Annual administration report of the Civil Veterinary Department of India - 1896-1897
Year: 1896
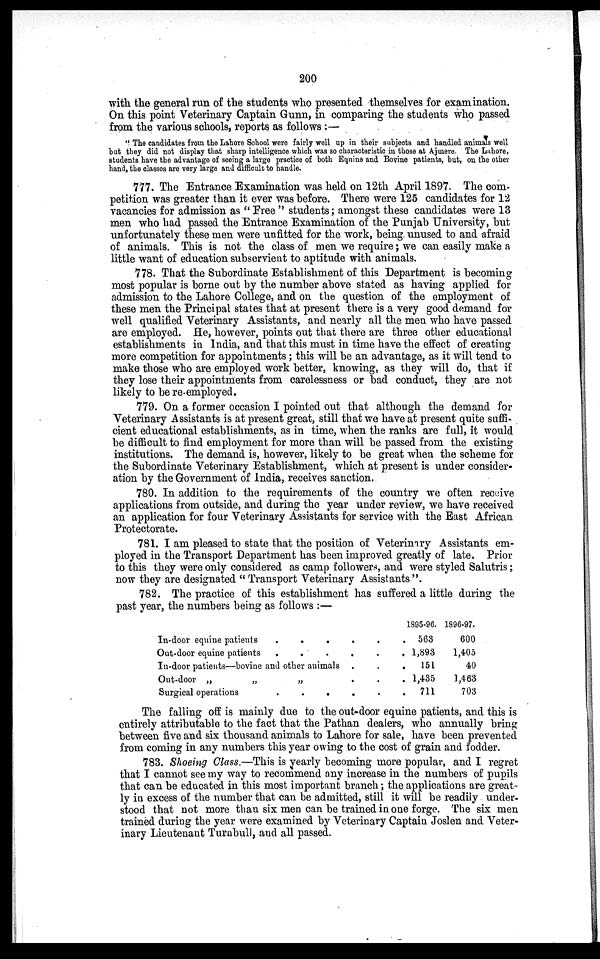
200
with the general run of the students who presented themselves for examination.
On this point Veterinary Captain Gunn, in comparing the students who passed
from the various schools, reports as follows:—
"The candidates from the Lahore School were fairly well up in their subjects and handled animals well
but they did not display that sharp intelligence which was so characteristic in those at Ajmere. The Lahore,
students have the advantage of seeing a large practice of both Equine and Bovine patients, but, on the other
hand, the classes are very large and difficult to handle.
777. The Entrance Examination was held on 12th April 1897. The com-
petition was greater than it ever was before. There were 125 candidates for 12
vacancies for admission as " Free " students ; amongst these candidates were 13
men who had passed the Entrance Examination of the Punjab University, but
unfortunately these men were unfitted for the work, being unused to and afraid
of animals. This is not the class of men we require; we can easily make a
little want of education subservient to aptitude with animals.
778. That the Subordinate Establishment of this Department is becoming
most popular is borne out by the number above stated as having applied for
admission to the Lahore College, and on the question of the employment of
these men the Principal states that at present there is a very good demand for
well qualified Veterinary Assistants, and nearly all the men who have passed
are employed. He, however, points out that there are three other educational
establishments in India, and that this must in time have the effect of creating
more competition for appointments; this will be an advantage, as it will tend to
make those who are employed work better, knowing, as they will do, that if
they lose their appointments from carelessness or bad conduct, they are not
likely to be re-employed.
779. On a former occasion I pointed out that although the demand for
Veterinary Assistants is at present great, still that we have at present quite suffi-
cient educational establishments, as in time, when the ranks are full, it would
be difficult to find employment for more than will be passed from the existing
institutions. The demand is, however, likely to be great when the scheme for
the Subordinate Veterinary Establishment, which at present is under consider-
ation by the Government of India, receives sanction.
780. In addition to the requirements of the country we often receive
applications from outside, and during the year under review, we have received
an application for four Veterinary Assistants for service with the East African
Protectorate.
781. I am pleased to state that the position of Veterinary Assistants em-
ployed in the Transport Department has been improved greatly of late. Prior
to this they were only considered as camp followers, and were styled Salutris;
now they are designated "Transport Veterinary Assistants".
782. The practice of this establishment has suffered a little during the
past year, the numbers being as follows:—
In-door equine patients
.
.
.
.
.
.
Out-door equine patients
.
.
.
.
.
.
In-door patients—bovine and other animals . . .
Out-door „
„
„
.
.
.
Surgical operations
.
.
.
.
.
.
1895-96.
563
1,893
151
1,435
711
1896-97.
600
1,405
40
1,463
703
The falling off is mainly due to the out-door equine patients, and this is
entirely attributable to the fact that the Pathan dealers, who annually bring
between five and six thousand animals to Lahore for sale, have been prevented
from coming in any numbers this year owing to the cost of grain and fodder.
783. Shoeing Class.—This is yearly becoming more popular, and I regret
that I cannot see my way to recommend any increase in the numbers of pupils
that can be educated in this most important branch; the applications are great-
ly in excess of the number that can be admitted, still it will be readily under-
stood that not more than six men can be trained in one forge. The six men
trained during the year were examined by Veterinary Captain Joslen and Veter-
inary Lieutenant Turnbull, and all passed.